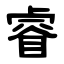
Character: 睿